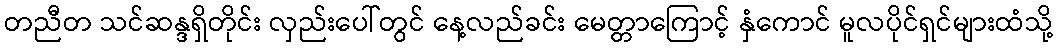
တညီတ သင်ဆန္ဒရှိတိုင်း လှည်းပေါ်တွင် နေ့လည်ခင်း မေတ္တာကြောင့် နှံကောင် မူလပိုင်ရှင်များထံသို့